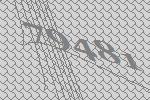
79481